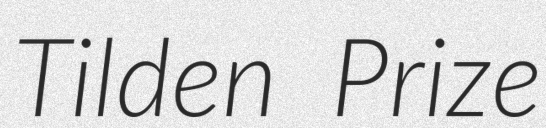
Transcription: Tilden Prize